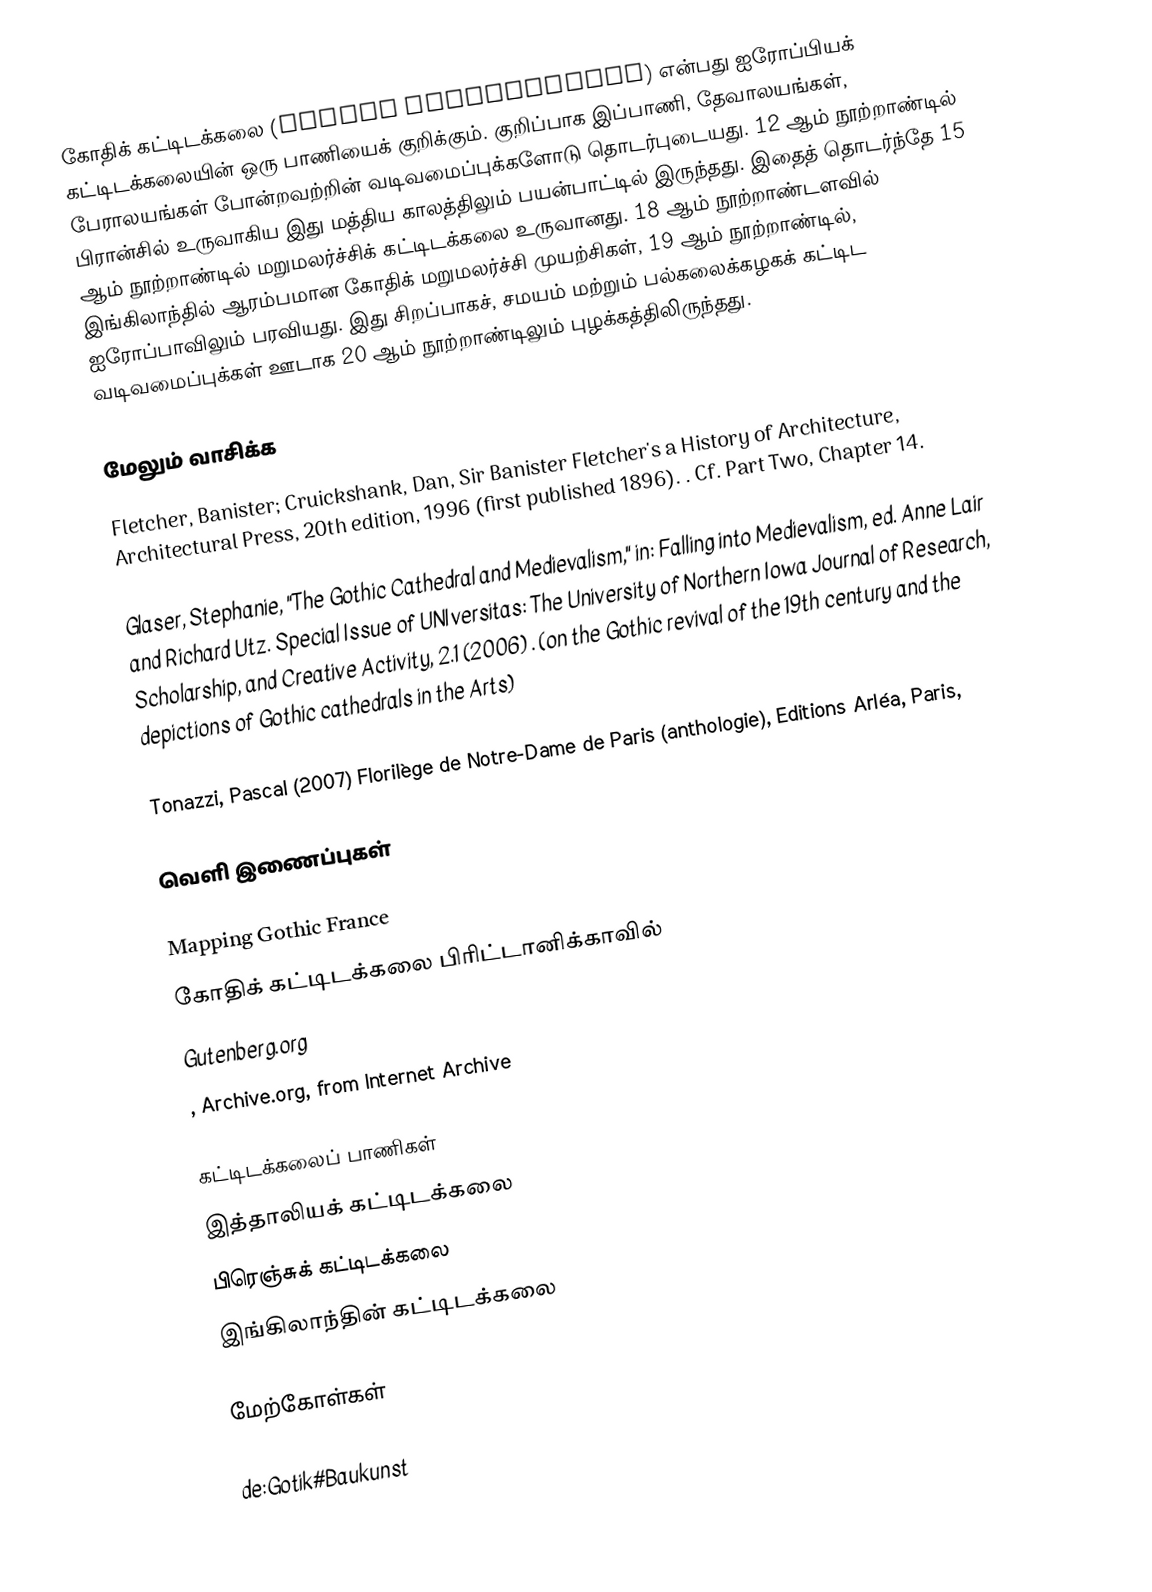
கோதிக் கட்டிடக்கலை (Gothic architecture) என்பது ஐரோப்பியக் கட்டிடக்கலையின் ஒரு பாணியைக் குறிக்கும். குறிப்பாக இப்பாணி, தேவாலயங்கள், பேராலயங்கள் போன்றவற்றின் வடிவமைப்புக்களோடு தொடர்புடையது. 12 ஆம் நூற்றாண்டில் பிரான்சில் உருவாகிய இது மத்திய காலத்திலும் பயன்பாட்டில் இருந்தது. இதைத் தொடர்ந்தே 15 ஆம் நூற்றாண்டில் மறுமலர்ச்சிக் கட்டிடக்கலை உருவானது. 18 ஆம் நூற்றாண்டளவில் இங்கிலாந்தில் ஆரம்பமான கோதிக் மறுமலர்ச்சி முயற்சிகள், 19 ஆம் நூற்றாண்டில், ஐரோப்பாவிலும் பரவியது. இது சிறப்பாகச், சமயம் மற்றும் பல்கலைக்கழகக் கட்டிட வடிவமைப்புக்கள் ஊடாக 20 ஆம் நூற்றாண்டிலும் புழக்கத்திலிருந்தது.

மேலும் வாசிக்க
 Fletcher, Banister; Cruickshank, Dan, Sir Banister Fletcher's a History of Architecture, Architectural Press, 20th edition, 1996 (first published 1896). . Cf. Part Two, Chapter 14.

 Glaser, Stephanie, "The Gothic Cathedral and Medievalism," in: Falling into Medievalism, ed. Anne Lair and Richard Utz. Special Issue of UNIversitas: The University of Northern Iowa Journal of Research, Scholarship, and Creative Activity, 2.1 (2006) . (on the Gothic revival of the 19th century and the depictions of Gothic cathedrals in the Arts)

 Tonazzi, Pascal (2007) Florilège de Notre-Dame de Paris (anthologie), Editions Arléa, Paris,

வெளி இணைப்புகள்

 Mapping Gothic France
 கோதிக் கட்டிடக்கலை பிரிட்டானிக்காவில்
  Gutenberg.org
 , Archive.org, from Internet Archive

கட்டிடக்கலைப் பாணிகள்
இத்தாலியக் கட்டிடக்கலை
பிரெஞ்சுக் கட்டிடக்கலை
இங்கிலாந்தின் கட்டிடக்கலை

மேற்கோள்கள்

de:Gotik#Baukunst